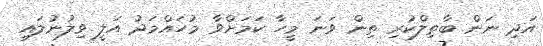
އަދި ނަން ބާތިލްކުރި ތިން ވަނަ މީހާ ކަމަށްވާ މުހައްމަދު އަލީ ވިލުނުލައި